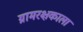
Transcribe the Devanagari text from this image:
ग्रामरक्षकाला